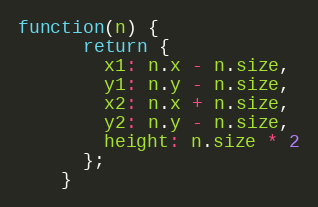
Language: JavaScript
function(n) {
      return {
        x1: n.x - n.size,
        y1: n.y - n.size,
        x2: n.x + n.size,
        y2: n.y - n.size,
        height: n.size * 2
      };
    }